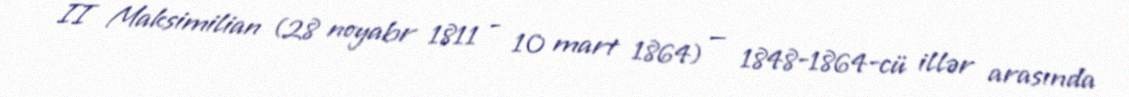
II Maksimilian (28 noyabr 1811 - 10 mart 1864) — 1848-1864-cü illər arasında